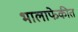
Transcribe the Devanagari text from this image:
भालाफेकीत